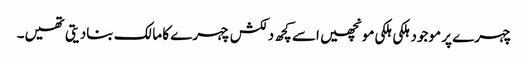
چہرے پر موجود ہلکی ہلکی مونچھیں اسے کچھ دلکش چہرے کا مالک بنادیتی تھیں۔